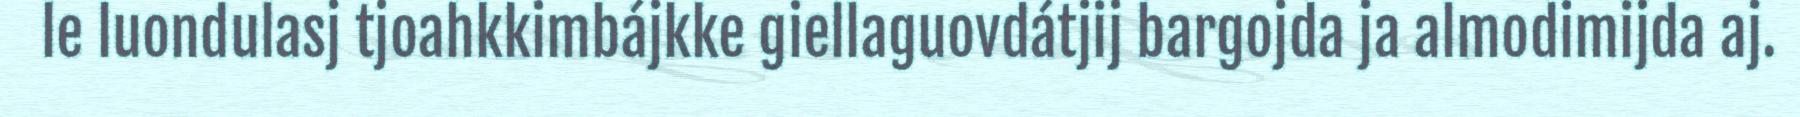
le luondulasj tjoahkkimbájkke giellaguovdátjij bargojda ja almodimijda aj.